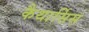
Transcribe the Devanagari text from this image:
कैथार्सिस